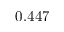
0 . 4 4 7